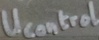
Text: Ucontrol